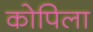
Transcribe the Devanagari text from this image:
कोपिला